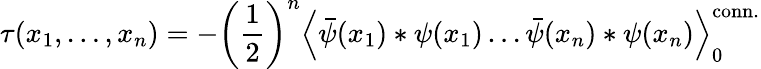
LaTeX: \tau(x_{1},\ldots,x_{n})=-\left(\frac{1}{2}\right)^{n}\left<\bar{\psi}(x_{1})*\psi(x_{1})\ldots\bar{\psi}(x_{n})*\psi(x_{n})\right>_{0}^{\mathrm{conn.}}